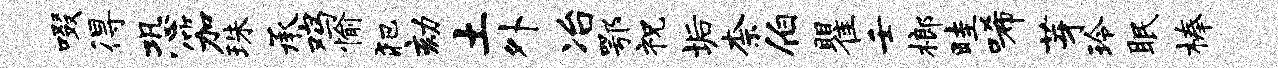
啜得恐笳珠承鸡愉犯劾土外冶鄂祝垢柰伯瞿壬榔畦唏芽玲眠榛